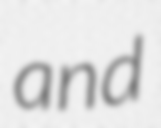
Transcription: and